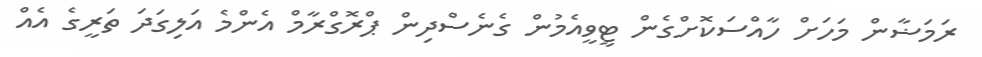
ރަމަޟާން މަހަށް ހާއްސަކޮށްގެން ޓީވީއެމުން ގެނެސްދިން ޕްރޮގްރާމް އެންމެ އަލިގަދަ ތަރީގެ އެއް